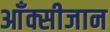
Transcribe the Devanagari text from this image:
आँक्सीजान